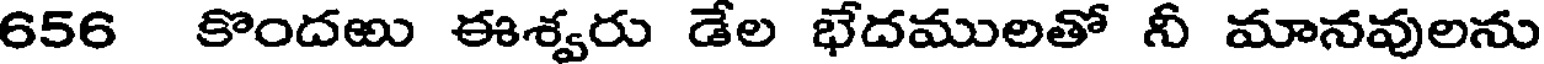
656 కొందఱు ఈశ్వరు డేల భేదములతో నీ మానవులను